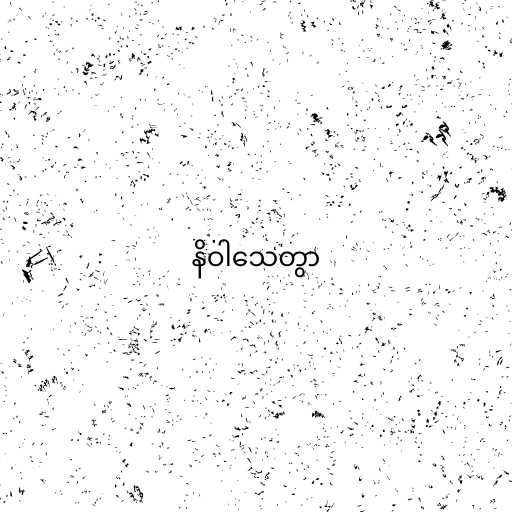
နိဝါသေတွာ